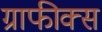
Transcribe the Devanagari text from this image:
ग्राफीक्स